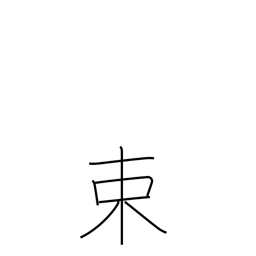
Meaning: tie in bundles